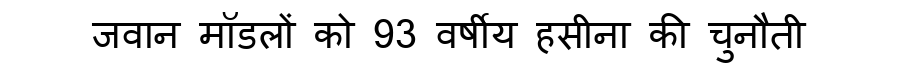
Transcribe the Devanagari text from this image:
जवान मॉडलों को 93 वर्षीय हसीना की चुनौती